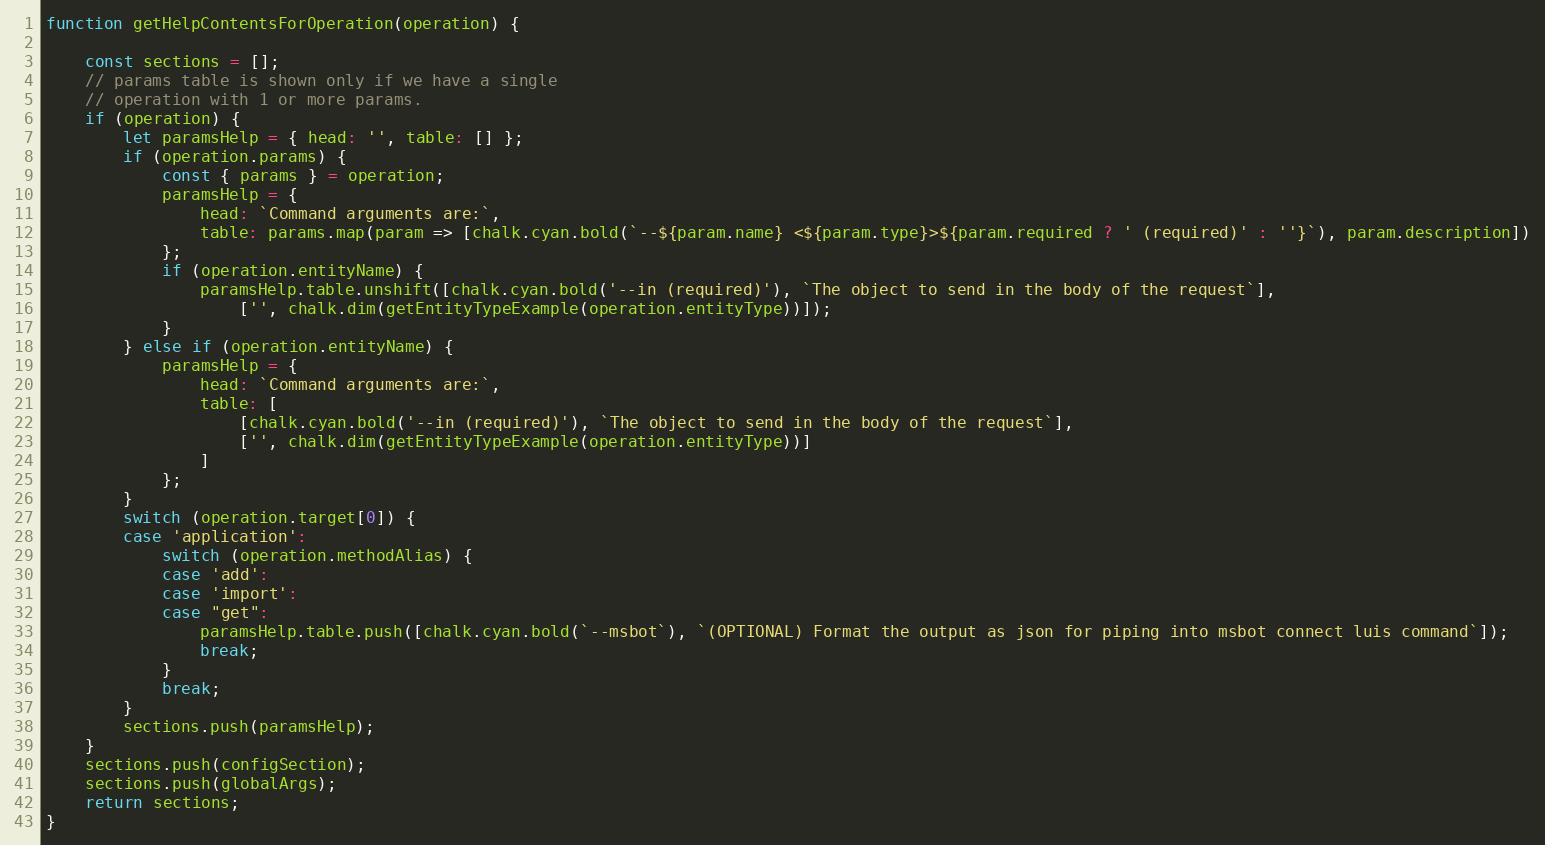
Language: JavaScript
function getHelpContentsForOperation(operation) {

    const sections = [];
    // params table is shown only if we have a single
    // operation with 1 or more params.
    if (operation) {
        let paramsHelp = { head: '', table: [] };
        if (operation.params) {
            const { params } = operation;
            paramsHelp = {
                head: `Command arguments are:`,
                table: params.map(param => [chalk.cyan.bold(`--${param.name} <${param.type}>${param.required ? ' (required)' : ''}`), param.description])
            };
            if (operation.entityName) {
                paramsHelp.table.unshift([chalk.cyan.bold('--in (required)'), `The object to send in the body of the request`],
                    ['', chalk.dim(getEntityTypeExample(operation.entityType))]);
            }
        } else if (operation.entityName) {
            paramsHelp = {
                head: `Command arguments are:`,
                table: [
                    [chalk.cyan.bold('--in (required)'), `The object to send in the body of the request`],
                    ['', chalk.dim(getEntityTypeExample(operation.entityType))]
                ]
            };
        }
        switch (operation.target[0]) {
        case 'application':
            switch (operation.methodAlias) {
            case 'add':
            case 'import':
            case "get":
                paramsHelp.table.push([chalk.cyan.bold(`--msbot`), `(OPTIONAL) Format the output as json for piping into msbot connect luis command`]);
                break;
            }
            break;
        }
        sections.push(paramsHelp);
    }
    sections.push(configSection);
    sections.push(globalArgs);
    return sections;
}